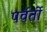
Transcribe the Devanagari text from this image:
पर्वर्तो